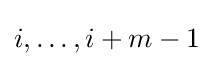
i,\ldots ,i+m-1